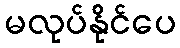
မလုပ်နိုင်ပေ